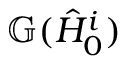
\mathbb { G } ( \hat { H } _ { 0 } ^ { i } )